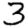
Digit: 3